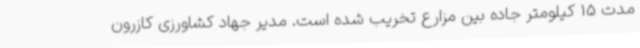
مدت 15 کیلومتر جاده بین مزارع تخریب شده است. مدیر جهاد کشاورزی کازرون